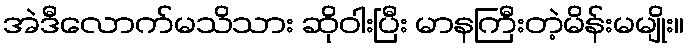
အဲဒီလောက်မသိသား ဆိုဝါးပြီး မာနကြီးတဲ့မိန်းမမျိုး။